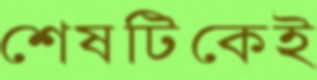
শেষটিকেই